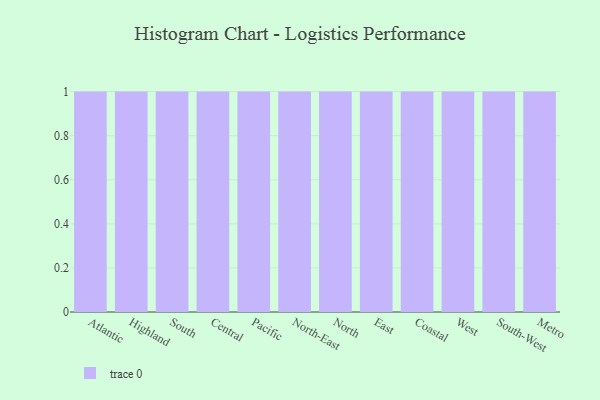
{"axis": {"x": "Region", "y": "Demand Index"}, "legend": [""], "data": [{"x": "Atlantic", "y": 73, "type": ""}, {"x": "Highland", "y": 38, "type": ""}, {"x": "South", "y": 78, "type": ""}, {"x": "Central", "y": 5, "type": ""}, {"x": "Pacific", "y": 19, "type": ""}, {"x": "North-East", "y": 44, "type": ""}, {"x": "North", "y": 82, "type": ""}, {"x": "East", "y": 53, "type": ""}, {"x": "Coastal", "y": 97, "type": ""}, {"x": "West", "y": 86, "type": ""}, {"x": "South-West", "y": 71, "type": ""}, {"x": "Metro", "y": 39, "type": ""}]}